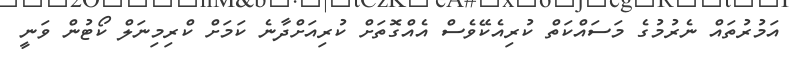
އަމުރުތައް ނެރުމުގެ މަސައްކަތް ކުރިއެކޭވެސް އެއްގޮތަށް ކުރިއަށްދާނެ ކަމަށް ކްރިމިނަލް ކޯޓުން ވަނީ